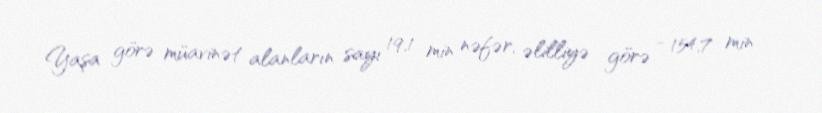
Yaşa görə müavinət alanların sayı 19,1 min nəfər, əlilliyə görə - 154,7 min